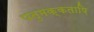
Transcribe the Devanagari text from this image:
पतुमक्कताष़ि